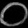
Digit: ၀